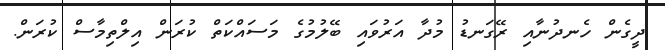
ދީގެން ހެނދުނާއި ރޭގަނޑު މުދާ އަރުވައި ބޭލުމުގެ މަސައްކަތް ކުރަން އިލްތިމާސް ކުރަން.